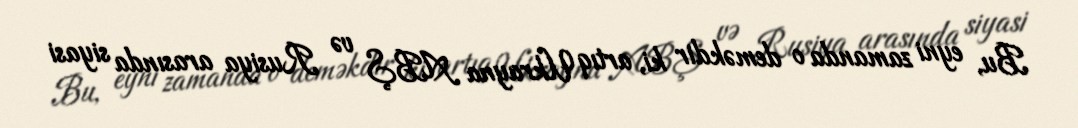
Bu, eyni zamanda o deməkdir ki, artıq Ukrayna ABŞ və Rusiya arasında siyasi